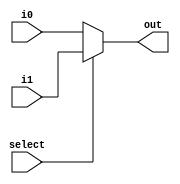
module module_mux_2x1(i0,i1,select,out);
    input [31:0] i0;
    input [31:0] i1;
    input select;
    output [31:0] out;

	 wire [31:0] i0,i1;
    reg [31:0] out;

    always @(i0,i1,select)
    begin
    if(select==0)
        out=i0;
    else
        out=i1;
    end    
endmodule